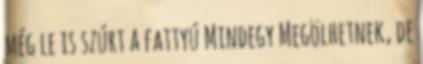
még le is szúrt a fattyú Mindegy Megölhetnek, de